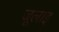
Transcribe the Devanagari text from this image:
जूलाइ